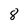
Character: 8